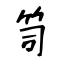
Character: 笥